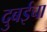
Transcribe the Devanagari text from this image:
दुबईचा